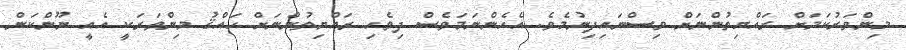
މިންވަރުކަމަށް ރައްޔިތުންނަށް ވިސްނައިދިނުމެވެ. އެހެންނަމަވެސް ދިވެހި ރައްޔިތުންނަށް ހައްޤު މިންވަރަކީ އެއީ ނޫންކަން